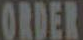
ORDER